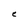
Character: C